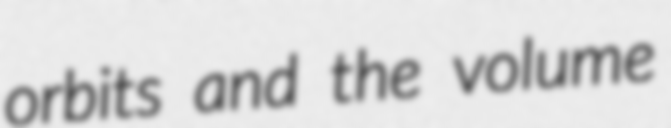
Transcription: orbits and the volume